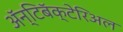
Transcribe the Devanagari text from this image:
ॲन्टिबॅक्‍टेरिअल